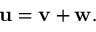
\begin{array} { r } { \mathbf { u } = \mathbf { v } + \mathbf { w } . } \end{array}